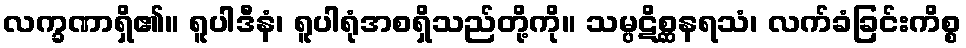
လက္ခဏာရှိ၏။ ရူပါဒီနံ၊ ရူပါရုံအစရှိသည်တို့ကို။ သမ္ပဋိစ္ဆနရသံ၊ လက်ခံခြင်းကိစ္စ